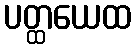
ပတ္ထယေထ